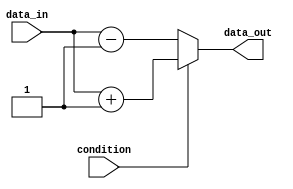
module if_else_example(
    input wire condition,
    input wire data_in,
    output wire data_out
);

// Check the condition and execute the appropriate block of code
always @* begin
    if(condition) begin
        // Condition is true, execute this block of code
        data_out = data_in + 1;
    end
    else begin
        // Condition is false, execute this block of code
        data_out = data_in - 1;
    end
end

endmodule